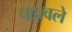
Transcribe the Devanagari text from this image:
पहावले